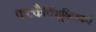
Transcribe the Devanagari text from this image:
कटकैर्विभूषितकरं